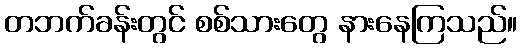
တဘက်ခန်းတွင် စစ်သားတွေ နားနေကြသည်။